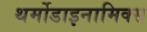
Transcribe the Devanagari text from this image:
थर्मोडाइनामिक्स